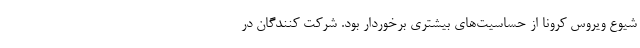
شیوع ویروس کرونا از حساسیت‌های بیشتری برخوردار بود. شرکت کنندگان در